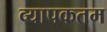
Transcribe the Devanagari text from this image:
व्यापकतम